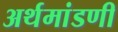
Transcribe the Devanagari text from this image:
अर्थमांडणी